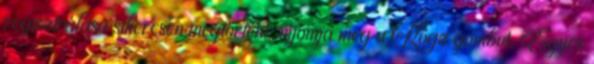
regisztrálása sikeresen megtörtént, nyomja meg a Rögz gombot. Egyes